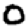
Digit: 0